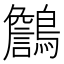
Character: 𪆻